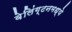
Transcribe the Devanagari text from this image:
वेलिंग्टनमध्ये